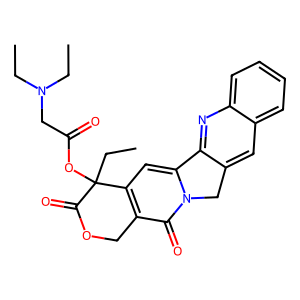
SMILES: CCN(CC)CC(=O)OC1(CC)C(=O)OCc2c1cc1n(c2=O)Cc2cc3ccccc3nc2-1
Inhibits HIV replication: No